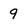
Character: 9